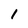
Character: I